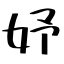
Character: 妤